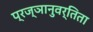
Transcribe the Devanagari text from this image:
प्रज्ञानुवर्तिता